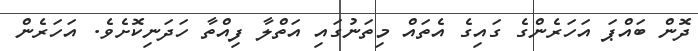
ދޮން ބައްޕަ އަހަރެންގެ ގައިގެ އެތައް މިތަނުގައި އަތްލާ ފިއްތާ ހަދަނިކޮށެވެ. އަހަރެން